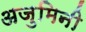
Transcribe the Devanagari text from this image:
अजुमिनी